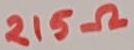
Text: 215Ω